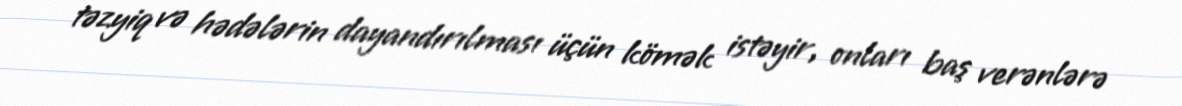
təzyiq və hədələrin dayandırılması üçün kömək istəyir, onları baş verənlərə